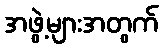
အဖွဲ့များအတွက်